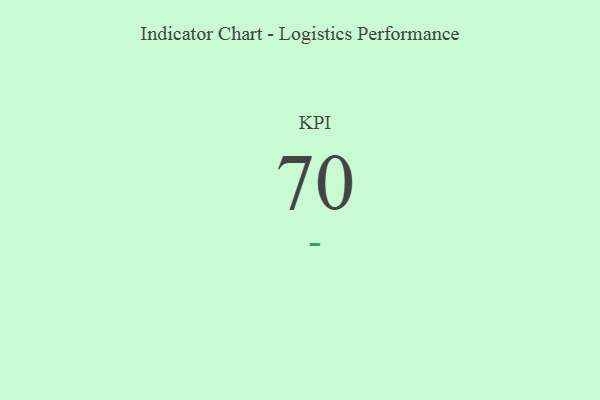
{"axis": {"x": "KPI", "y": "Value"}, "legend": [""], "data": [{"x": "KPI", "y": 70, "type": ""}]}